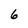
Character: 6